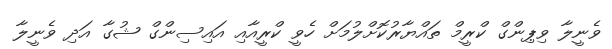
ވެނީލާ ވިޕިންގް ކްރީމް ތައްޔާރުކޮށްލުމަށް ހެވީ ކްރީއާއި އައިސިންގް ޝުގާ އަދި ވެނީލާ